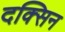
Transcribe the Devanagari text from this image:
दक्सिन